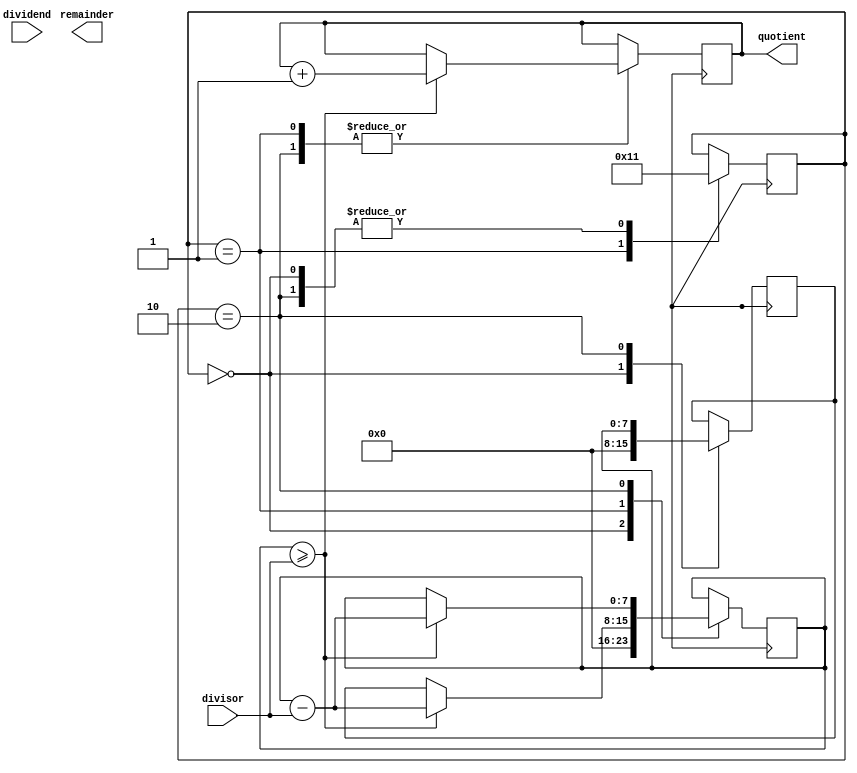
module restoring_divider (
    input wire [7:0] dividend,
    input wire [7:0] divisor,
    output reg [7:0] quotient,
    output reg [7:0] remainder
);

reg [7:0] temp_dividend;
reg [7:0] temp_remainder;
reg [2:0] state;

always @ (posedge clock) begin
    case (state)
        0: begin
            temp_dividend <= {dividend, 0};
            temp_remainder <= 0;
            state <= 1;
        end
        1: begin
            temp_remainder <= temp_dividend;
            if (temp_remainder >= divisor) begin
                temp_remainder <= temp_remainder - divisor;
                quotient <= quotient + 1;
            end
            state <= 2;
        end
        2: begin
            temp_dividend <= temp_remainder;
            if (temp_remainder >= divisor) begin
                temp_remainder <= temp_remainder - divisor;
                quotient <= quotient + 1;
            end
            state <= 1;
        end
    endcase
end

endmodule